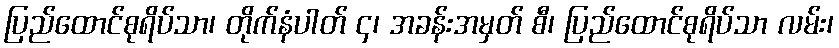
ပြည်ထောင်စုရိပ်သာ၊ တိုက်နံပါတ် ၄၊ အခန်းအမှတ် စီ၊ ပြည်ထောင်စုရိပ်သာ လမ်း၊